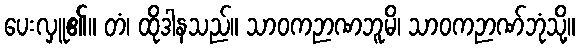
ပေးလှူ၏။ တံ၊ ထိုဒါနသည်။ သာဝကဉာဏဘူမိ၊ သာဝကဉာဏ်ဘုံသို့။